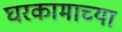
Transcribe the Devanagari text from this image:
घरकामाच्या